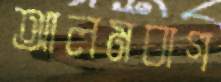
আলমবাগ